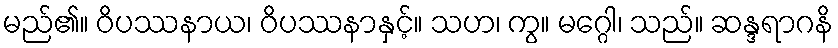
မည်၏။ ဝိပဿနာယ၊ ဝိပဿနာနှင့်။ သဟ၊ ကွ။ မဂ္ဂေါ၊ သည်။ ဆန္ဒရာဂနိ